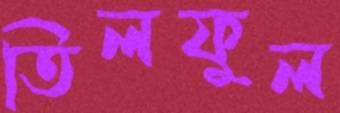
তিলফুল